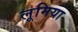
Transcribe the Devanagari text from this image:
लूमिया